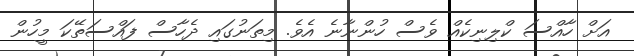
އަށް ހާއްސަ ކްލިނިކެއް ވެސް ހުންނާނެ އެވެ. މިތަނުގައި ދެހާސް ފައްސަތޭކަ މީހުން